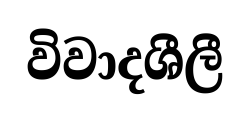
විවාදශීලී